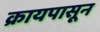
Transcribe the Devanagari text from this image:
क्रायपासून